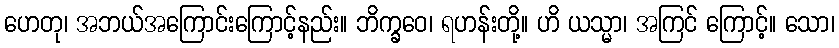
ဟေတု၊ အဘယ်အကြောင်းကြောင့်နည်း။ ဘိက္ခဝေ၊ ရဟန်းတို့။ ဟိ ယသ္မာ၊ အကြင် ကြောင့်။ သော၊